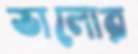
ভালোর